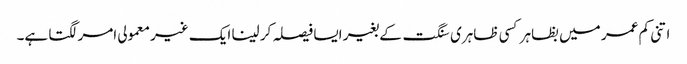
اتنی کم عمر میں بظاہر کسی ظاہری سنگت کے بغیر ایسا فیصلہ کر لینا ایک غیر معمولی امر لگتا ہے۔